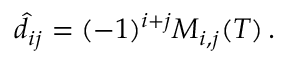
\begin{array} { r } { \hat { d } _ { i j } = ( - 1 ) ^ { i + j } M _ { i , j } ( T ) \, . } \end{array}